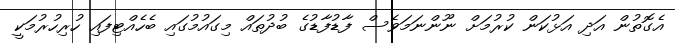
އެގޮތުން އަދި އަޅުކަން ކުރުމަށް ނޫންނަމަވެސް ފާޑުފާޑުގެ ބުދުތައް މިގައުމުގައި ބެހެއްޓިފައި ހުރިހުރުމަކީ